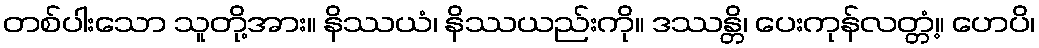
တစ်ပါးသော သူတို့အား။ နိဿယံ၊ နိဿယည်းကို။ ဒဿန္တိ၊ ပေးကုန်လတ္တံ့။ ဟေပိ၊